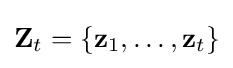
\mathbf {Z} _{t}=\left\{\mathbf {z} _{1},\dots ,\mathbf {z} _{t}\right\}